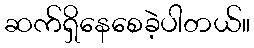
ဆက်ရှိနေစေခဲ့ပါတယ်။